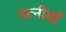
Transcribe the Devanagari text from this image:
पत्नीयाँ